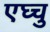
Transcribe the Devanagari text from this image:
एघ्चु